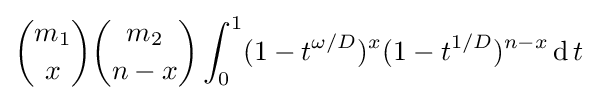
{\binom {m_{1}}{x}}{\binom {m_{2}}{n-x}}\int _{0}^{1}(1-t^{\omega /D})^{x}(1-t^{1/D})^{n-x}\operatorname {d} t